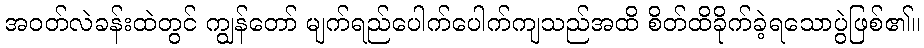
အဝတ်လဲခန်းထဲတွင် ကျွန်တော် မျက်ရည်ပေါက်ပေါက်ကျသည်အထိ စိတ်ထိခိုက်ခဲ့ရသောပွဲဖြစ်၏။